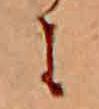
に